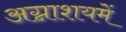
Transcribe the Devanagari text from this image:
अग्नाशयमें